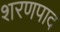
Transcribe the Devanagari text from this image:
शरणपाद